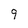
Character: 9